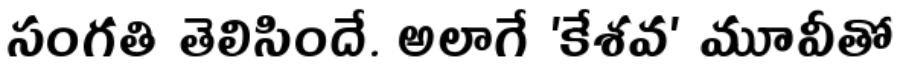
సంగతి తెలిసిందే. అలాగే 'కేశవ' మూవీతో